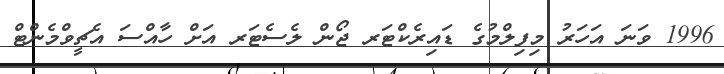
1996 ވަނަ އަހަރު މިފިލްމުގެ ޑައިރެކްޓަރ ޖޯން ލެސެޓަރ އަށް ހާއްސަ އެޗީވްމެންޓް